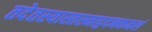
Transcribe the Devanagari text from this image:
तदेतस्यास्तस्माद्वदनकमलं